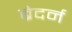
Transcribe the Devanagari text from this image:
ब्रेदर्न